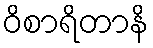
ဝိစာရိတာနိ